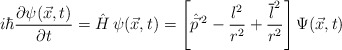
\begin{align*}i\hbar {\partial \psi(\vec{x},t) \over \partial t} = \hat{H} \, \psi (\vec{x},t) =\left[\hat{\vec{p}}\, \sp2- {l^2 \over r^2} +{\overline{l}\sp2\over r^2 } \right]\Psi(\vec{x},t)\end{align*}